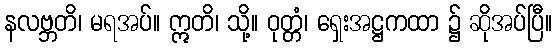
နလဗ္ဘတိ၊ မရအပ်။ ဣတိ၊ သို့။ ဝုတ္တံ၊ ရှေးအဋ္ဌကထာ ၌ ဆိုအပ်ပြီ။